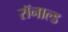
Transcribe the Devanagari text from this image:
रॉनाल्ड